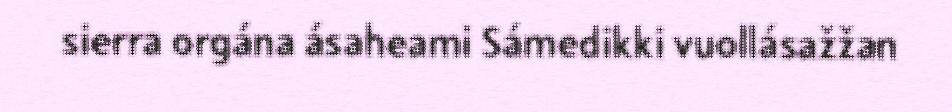
sierra orgána ásaheami Sámedikki vuollásažžan